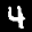
Label: 4